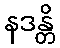
နဒန္တိ